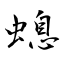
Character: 螅